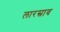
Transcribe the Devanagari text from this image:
लारस्राव